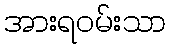
အားရဝမ်းသာ